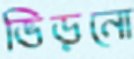
ভিড়নো